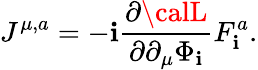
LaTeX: J^{\mu,a}=-\mathbf{i}\frac{{\partial\calL}}{{\partial\partial_{\mu}\Phi_{\mathbf{i}}}}F_{\mathbf{i}}^{a}.